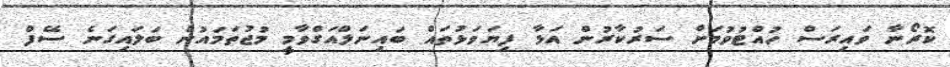
ކޮރޯނާ ވައިރަސް ހުއްޓުވުމަށް ސަރުކާރުން އަޅާ ފިޔަވަޅުތައް ބައިނަލްއަގްވާމީ މުޖުތަމައުން ބަލައިގަނެ ސޭފް